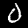
Label: 0